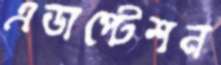
এডাপ্টেশন